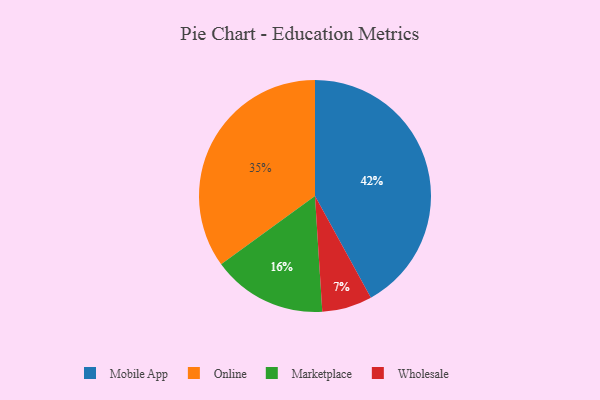
{"axis": {"x": "Category", "y": "Percentage"}, "legend": ["Marketplace", "Mobile App", "Online", "Wholesale"], "data": [{"x": "Wholesale", "y": 7, "type": "Wholesale"}, {"x": "Marketplace", "y": 16, "type": "Marketplace"}, {"x": "Mobile App", "y": 42, "type": "Mobile App"}, {"x": "Online", "y": 35, "type": "Online"}]}